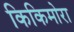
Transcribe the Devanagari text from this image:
किकिमोरा